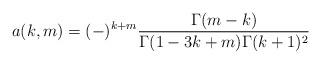
LaTeX: \begin{align*}a(k,m)=(-)^{k+m}\frac{\Gamma(m-k)}{\Gamma(1-3k+m)\Gamma(k+1)^2}\end{align*}